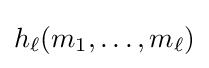
h_{\ell }(m_{1},\ldots ,m_{\ell })